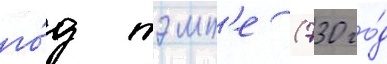
го́д тэмп'е (730 го́д